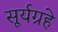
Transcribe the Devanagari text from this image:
सूर्यग्रहे